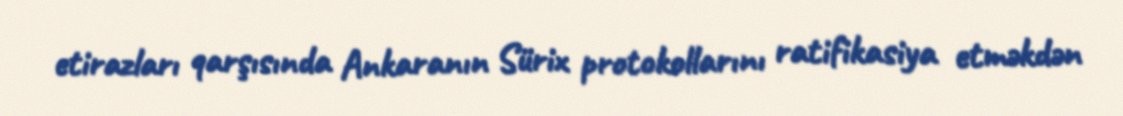
etirazları qarşısında Ankaranın Sürix protokollarını ratifikasiya etməkdən